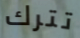
تترك